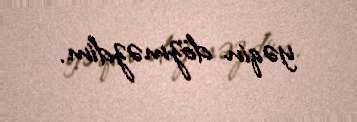
yəqin dözməzdim.